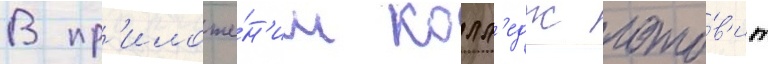
В пр'иложе́н'ии колл'едж гото́в'ит